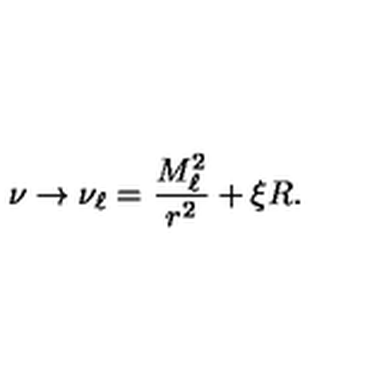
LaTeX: \nu \rightarrow \nu _ { \ell } = \frac { M _ { \ell } ^ { 2 } } { r ^ { 2 } } + \xi R .